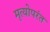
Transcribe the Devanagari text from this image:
मृत्योपरंत